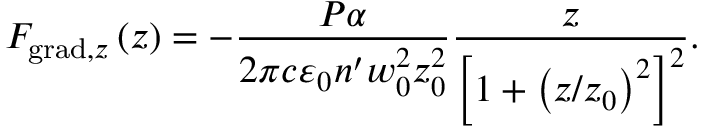
F _ { \mathrm { g r a d } , z } \left( z \right) = - \frac { P \alpha } { 2 \pi c \varepsilon _ { 0 } n ^ { \prime } w _ { 0 } ^ { 2 } z _ { 0 } ^ { 2 } } \frac { z } { \left[ 1 + \left( z / z _ { 0 } \right) ^ { 2 } \right] ^ { 2 } } .